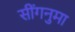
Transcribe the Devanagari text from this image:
सींगनुमा